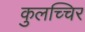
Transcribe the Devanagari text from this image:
कुलच्चिर